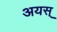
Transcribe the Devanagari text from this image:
अयस्‌